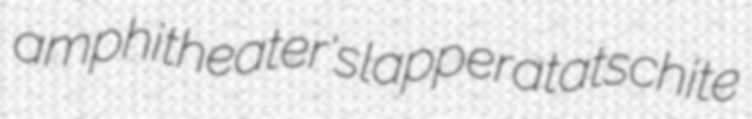
amphitheater's lapper atatschite